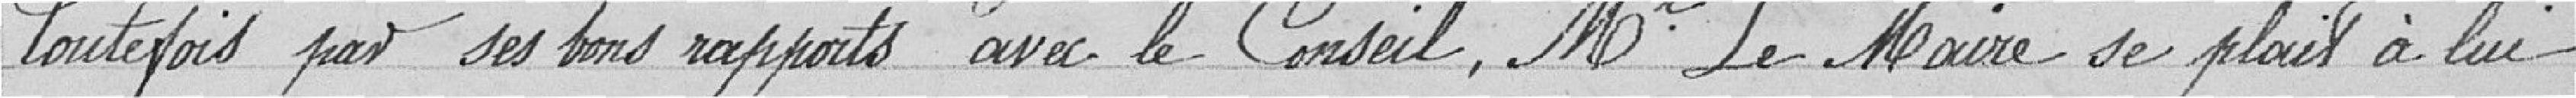
Toutefois par ses bons rapports avec le Conseil, Mr. Le Maire se plait à lui